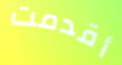
أقدمت